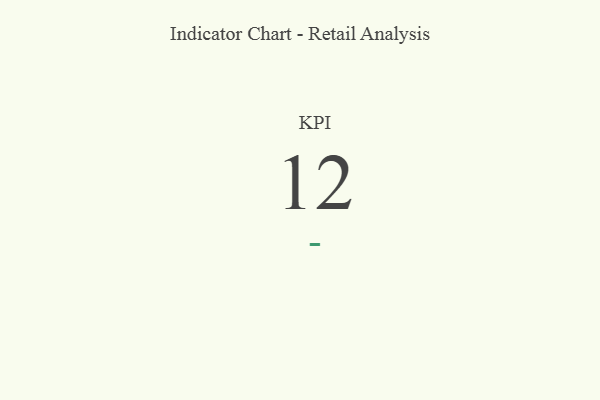
{"axis": {"x": "KPI", "y": "Value"}, "legend": [""], "data": [{"x": "KPI", "y": 12, "type": ""}]}